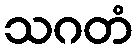
သဂတံ